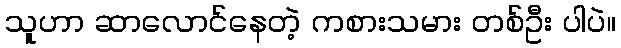
သူဟာ ဆာလောင်နေတဲ့ ကစားသမား တစ်ဦး ပါပဲ။